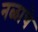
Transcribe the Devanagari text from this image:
नळाचे